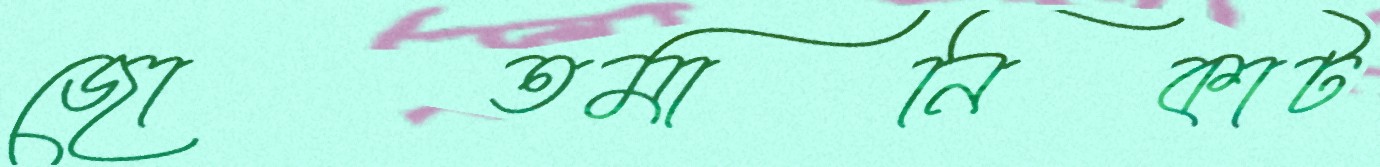
জোতমানিকাট